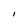
Character: I